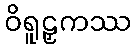
ဝိရူဠှကဿ